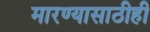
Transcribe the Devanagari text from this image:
मारण्यासाठीही